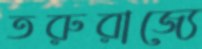
তরুরাজ্যে